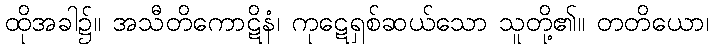
ထိုအခါ၌။ အသီတိကောဋိနံ၊ ကုဋေရှစ်ဆယ်သော သူတို့၏။ တတိယော၊